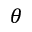
\theta